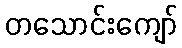
တသောင်းကျော်